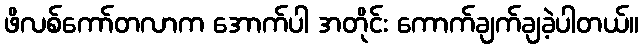
ဖိလစ်ကော်တလာက အောက်ပါ အတိုင်း ကောက်ချက်ချခဲ့ပါတယ်။